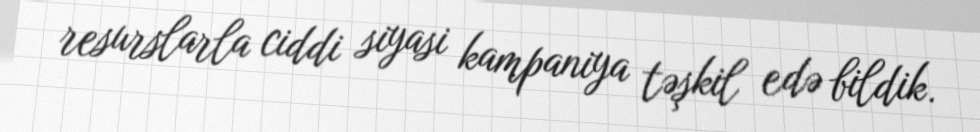
resurslarla ciddi siyasi kampaniya təşkil edə bildik.